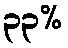
၃၃%